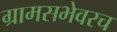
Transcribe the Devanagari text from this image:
ग्रामसभेवरच